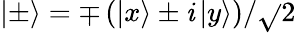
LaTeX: \left|\pm\right\rangle=\mp\left(\left|x\right\rangle\pm\mathit{i}\left|y\right\rangle\right)/\sqrt{}{{2}}